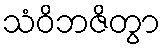
သံဝိဘဇိတွာ